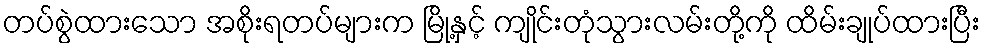
တပ်စွဲထားသော အစိုးရတပ်များက မြို့နှင့် ကျိုင်းတုံသွားလမ်းတို့ကို ထိမ်းချုပ်ထားပြီး